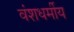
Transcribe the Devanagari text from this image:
वंशधर्मीय